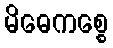
မိဓေကစ္စေ